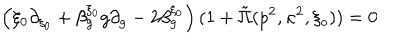
\left( \xi _ { 0 } \partial _ { \xi _ { 0 } } + \beta _ { g } ^ { \xi _ { 0 } } g \partial _ { g } - 2 \beta _ { g } ^ { \xi _ { 0 } } \right) ( 1 + \tilde { \Pi } ( p ^ { 2 } , \kappa ^ { 2 } , \xi _ { o } ) ) = 0